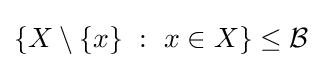
\{X\setminus \{x\}~:~x\in X\}\leq {\mathcal {B}}